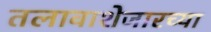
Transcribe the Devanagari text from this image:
तलावाशेजारच्या